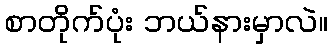
စာတိုက်ပုံး ဘယ်နားမှာလဲ။